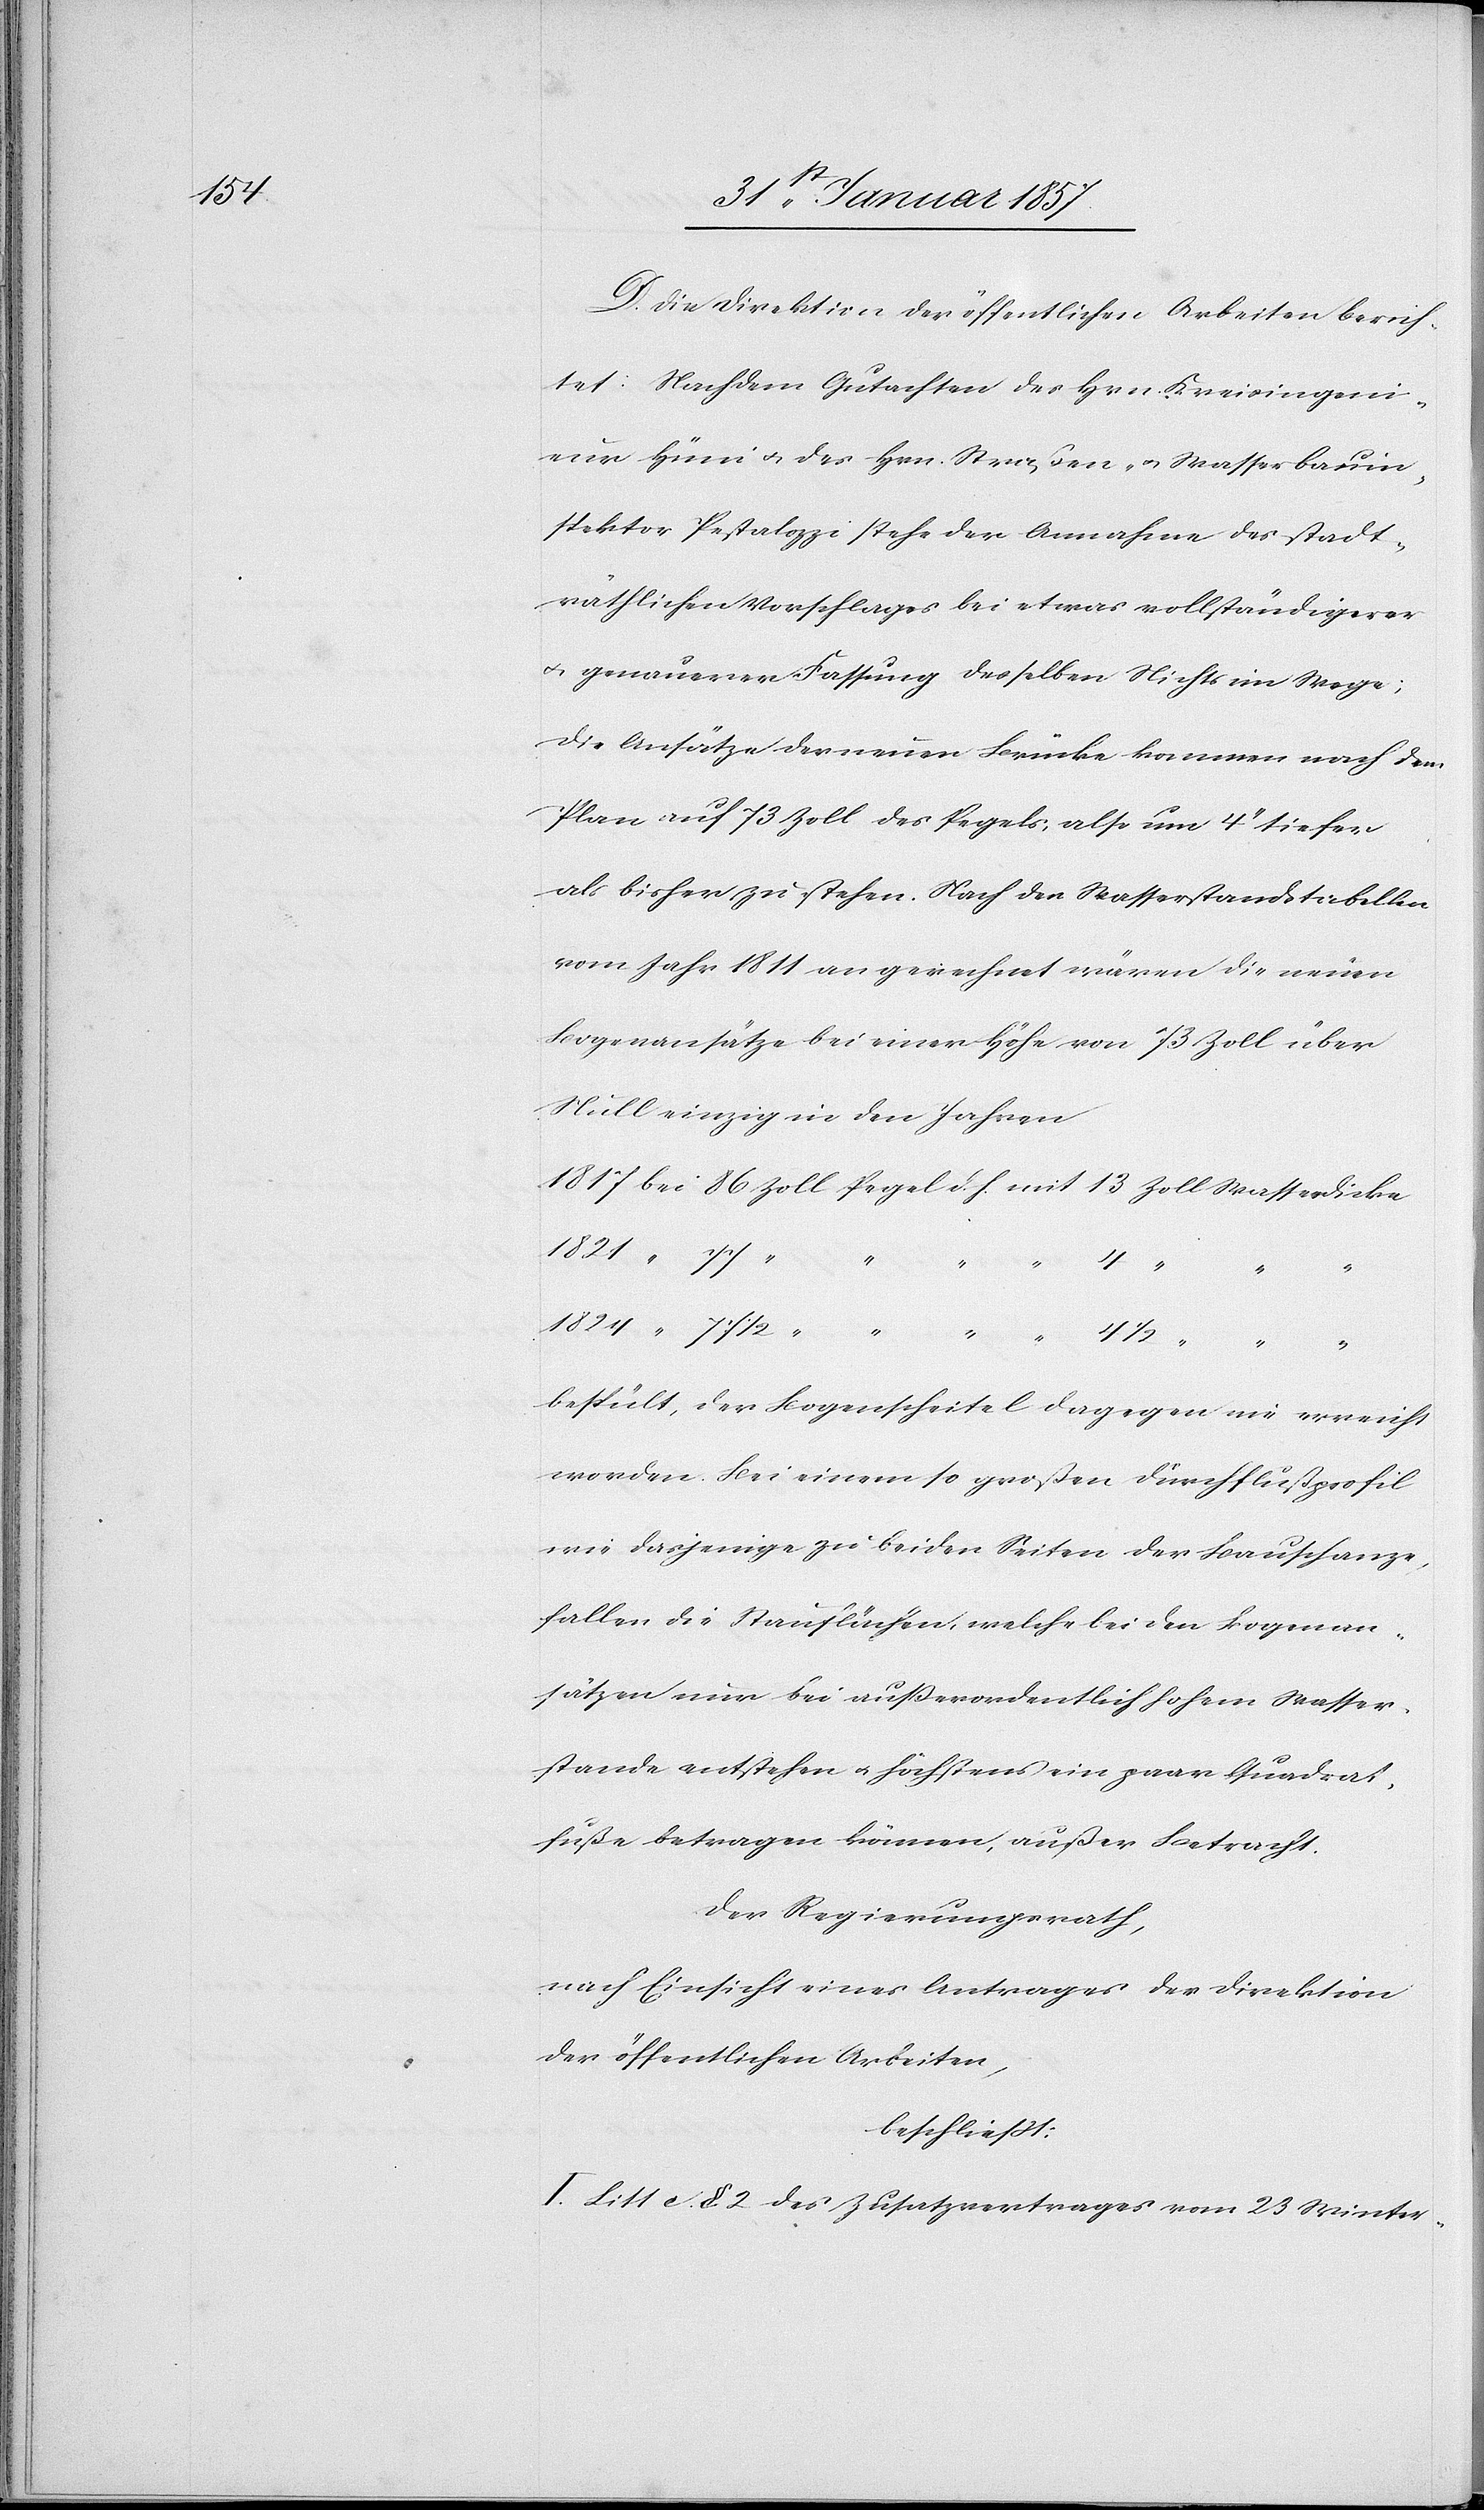
D. Die Direktion der öffentlichen Arbeiten berich¬
tet: Nach dem Gutachten des Hrn. Kreisingeni¬
eur Hüni u. des Hrn. Straßen- u. Wasserbauin¬
spektors Pestalozzi stehe der Annahme des stadt¬
räthlichen Vorschlages bei etwas vollständigerer
& genauerer Fassung desselben Nichts im Wege;
die Ansätze der neuen Brücke kommen nach dem
Plan auf 73 Zoll des Pegels; also um 4‘‘ tiefer
als bisher zu stehen. Nach den Wasserstandstabellen
vom Jahr 1811 an gerechnet wären die neuen
Bogenansätze bei einer Höhe von 73 Zoll über
Null einzig in den Jahren
1817 bei	86	Zoll Pegel d. h. mit 13 Zoll Wasser-Dicke
bespült, der Bogenscheitel dagegen nie erreicht
worden. Bei einem so großen Durchflußprofil
wie dasjenige zu beiden Seiten der Bauschanze
fallen die Stauflächen, welche bei den Bogenan¬
sätzen nur bei außerordentlich hohem Wasser¬
stande entstehen u. höchstens ein paar Quadrat¬
fuße betrage können, außer Betracht.
Der Regierungsrath,
nach Einsicht eines Antrages der Direktion
der öffentlichen Arbeiten,
beschließt:
I. Litt c. §. 2 des Zusatzvertrages vom 23 Winter-